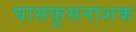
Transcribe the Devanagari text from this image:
घासफूसनाशक